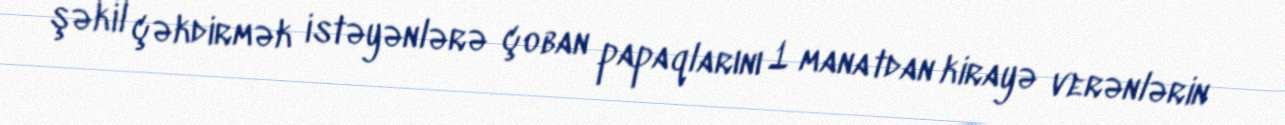
şəkil çəkdirmək istəyənlərə çoban papaqlarını 1 manatdan kirayə verənlərin